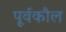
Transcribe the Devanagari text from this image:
पूर्वकौल